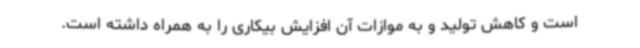
است و کاهش تولید و به موازات آن افزایش بیکاری را به همراه داشته است.